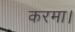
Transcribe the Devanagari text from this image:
करमा।